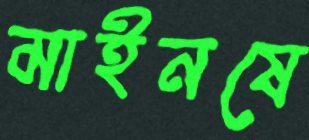
মাইনষে